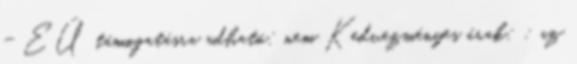
- EÜ támogatásra adható: nem Kedvezményes árak: : az